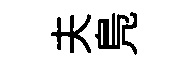
夫鳬